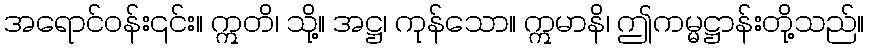
အရောင်ဝန်း၎င်း။ ဣတိ၊ သို့။ အဋ္ဌ၊ ကုန်သော။ ဣမာနိ၊ ဤကမ္မဋ္ဌာန်းတို့သည်။